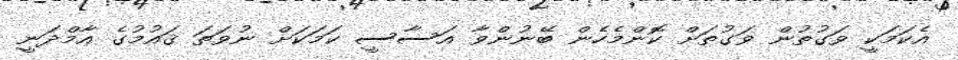
އެކަމަކީ ވަގުތުން ވަގުތަށް ކޮންމެހެން ބޭނުންވާ އަސާސީ ކަމަކަށް ނުވަތަ ޤައުމުގެ އާމްދަނީ